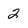
Character: 2